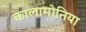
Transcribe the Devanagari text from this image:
कालामोनिया